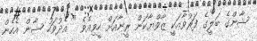
ޝާންގެ ބަލީގެ ފަރުވާއަކީ ޒާވްޔާކަން ރީނާއަށް ހީވިއެވެ " އެދުވަހު ޝާން އެހެން